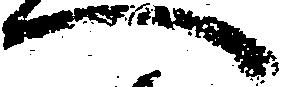
へ